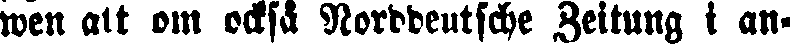
wen att om också Norddeutsche Zeitung i an-